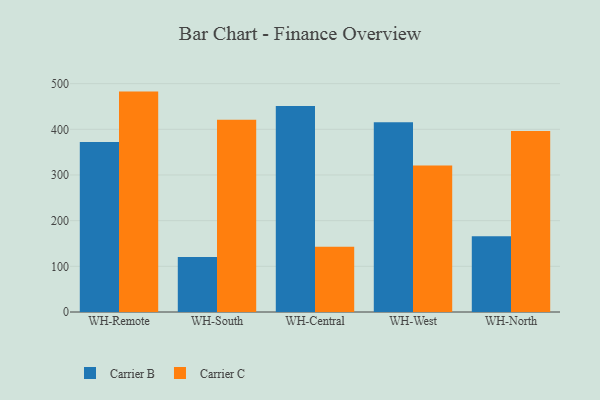
{"axis": {"x": "Warehouse", "y": "Bounce Rate (%)"}, "legend": ["Carrier B", "Carrier C"], "data": [{"x": "WH-Remote", "y": 372.1, "type": "Carrier B"}, {"x": "WH-Remote", "y": 482.6, "type": "Carrier C"}, {"x": "WH-South", "y": 120.3, "type": "Carrier B"}, {"x": "WH-South", "y": 420.9, "type": "Carrier C"}, {"x": "WH-Central", "y": 451.1, "type": "Carrier B"}, {"x": "WH-Central", "y": 143.0, "type": "Carrier C"}, {"x": "WH-West", "y": 415.3, "type": "Carrier B"}, {"x": "WH-West", "y": 320.6, "type": "Carrier C"}, {"x": "WH-North", "y": 165.6, "type": "Carrier B"}, {"x": "WH-North", "y": 396.1, "type": "Carrier C"}]}